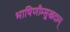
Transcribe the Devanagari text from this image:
भाषिणीम्सुखदाम्